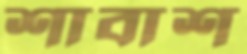
শাবাশ